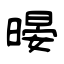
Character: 暥